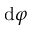
\mathrm { d } \varphi